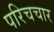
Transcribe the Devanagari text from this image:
परिचचार